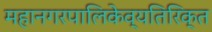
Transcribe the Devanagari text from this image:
महानगरपालिकेव्यतिरिक्त